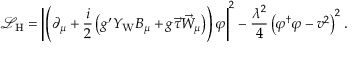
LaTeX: { \mathcal { L } } _ { \mathrm { H } } = \left| \left( \partial _ { \mu } + { \frac { i } { 2 } } \left( g ^ { \prime } Y _ { \mathrm { W } } B _ { \mu } + g { \vec { \tau } } { \vec { W } } _ { \mu } \right) \right) \varphi \right| ^ { 2 } - { \frac { \lambda ^ { 2 } } { 4 } } \left( \varphi ^ { \dagger } \varphi - v ^ { 2 } \right) ^ { 2 } .